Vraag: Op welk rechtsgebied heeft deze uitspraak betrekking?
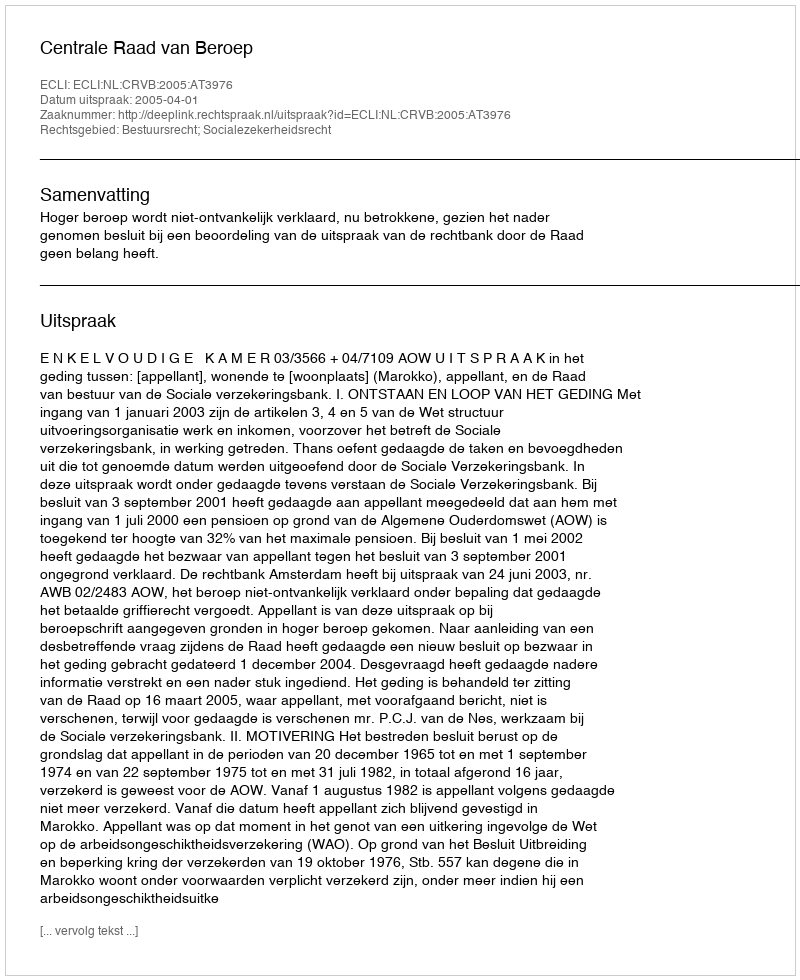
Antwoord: Bestuursrecht; Socialezekerheidsrecht